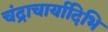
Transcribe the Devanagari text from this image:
चंद्राचार्यादिभि